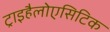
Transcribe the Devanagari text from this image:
ट्राइहैलोएसिटिक